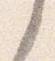
之